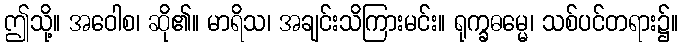
ဤသို့။ အဝေါစ၊ ဆို၏။ မာရိသ၊ အချင်းသိကြားမင်း။ ရုက္ခဓမ္မေ၊ သစ်ပင်တရား၌။